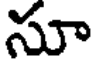
సూ